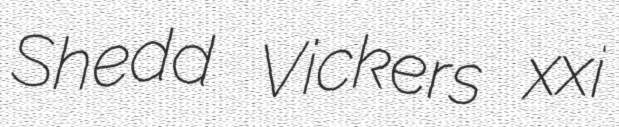
Shedd Vickers xxi